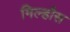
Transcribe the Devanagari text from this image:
मिल्हौस